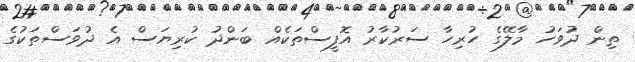
ތިން ދުވަހު މާލޭގެ ހުރިހާ ސަރުކާރު އޮފީސްތަކެއް ބަންދު ކުރިޔަސް އެ ދުވަސްތަކުގެ